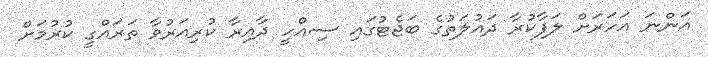
އަންނަ އަހަރަށް ލަފާކުރާ ދައުލަތުގެ ބަޖެޓުގައި ސިއްހީ ދާއިރާ ކުރިއަރުވާ ތަރައްގީ ކުުރުމަށް